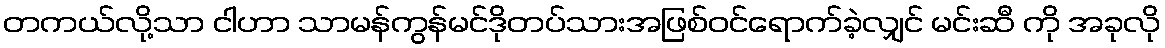
တကယ်လို့သာ ငါဟာ သာမန်ကွန်မင်ဒိုတပ်သားအဖြစ်ဝင်ရောက်ခဲ့လျှင် မင်းဆီ ကို အခုလို